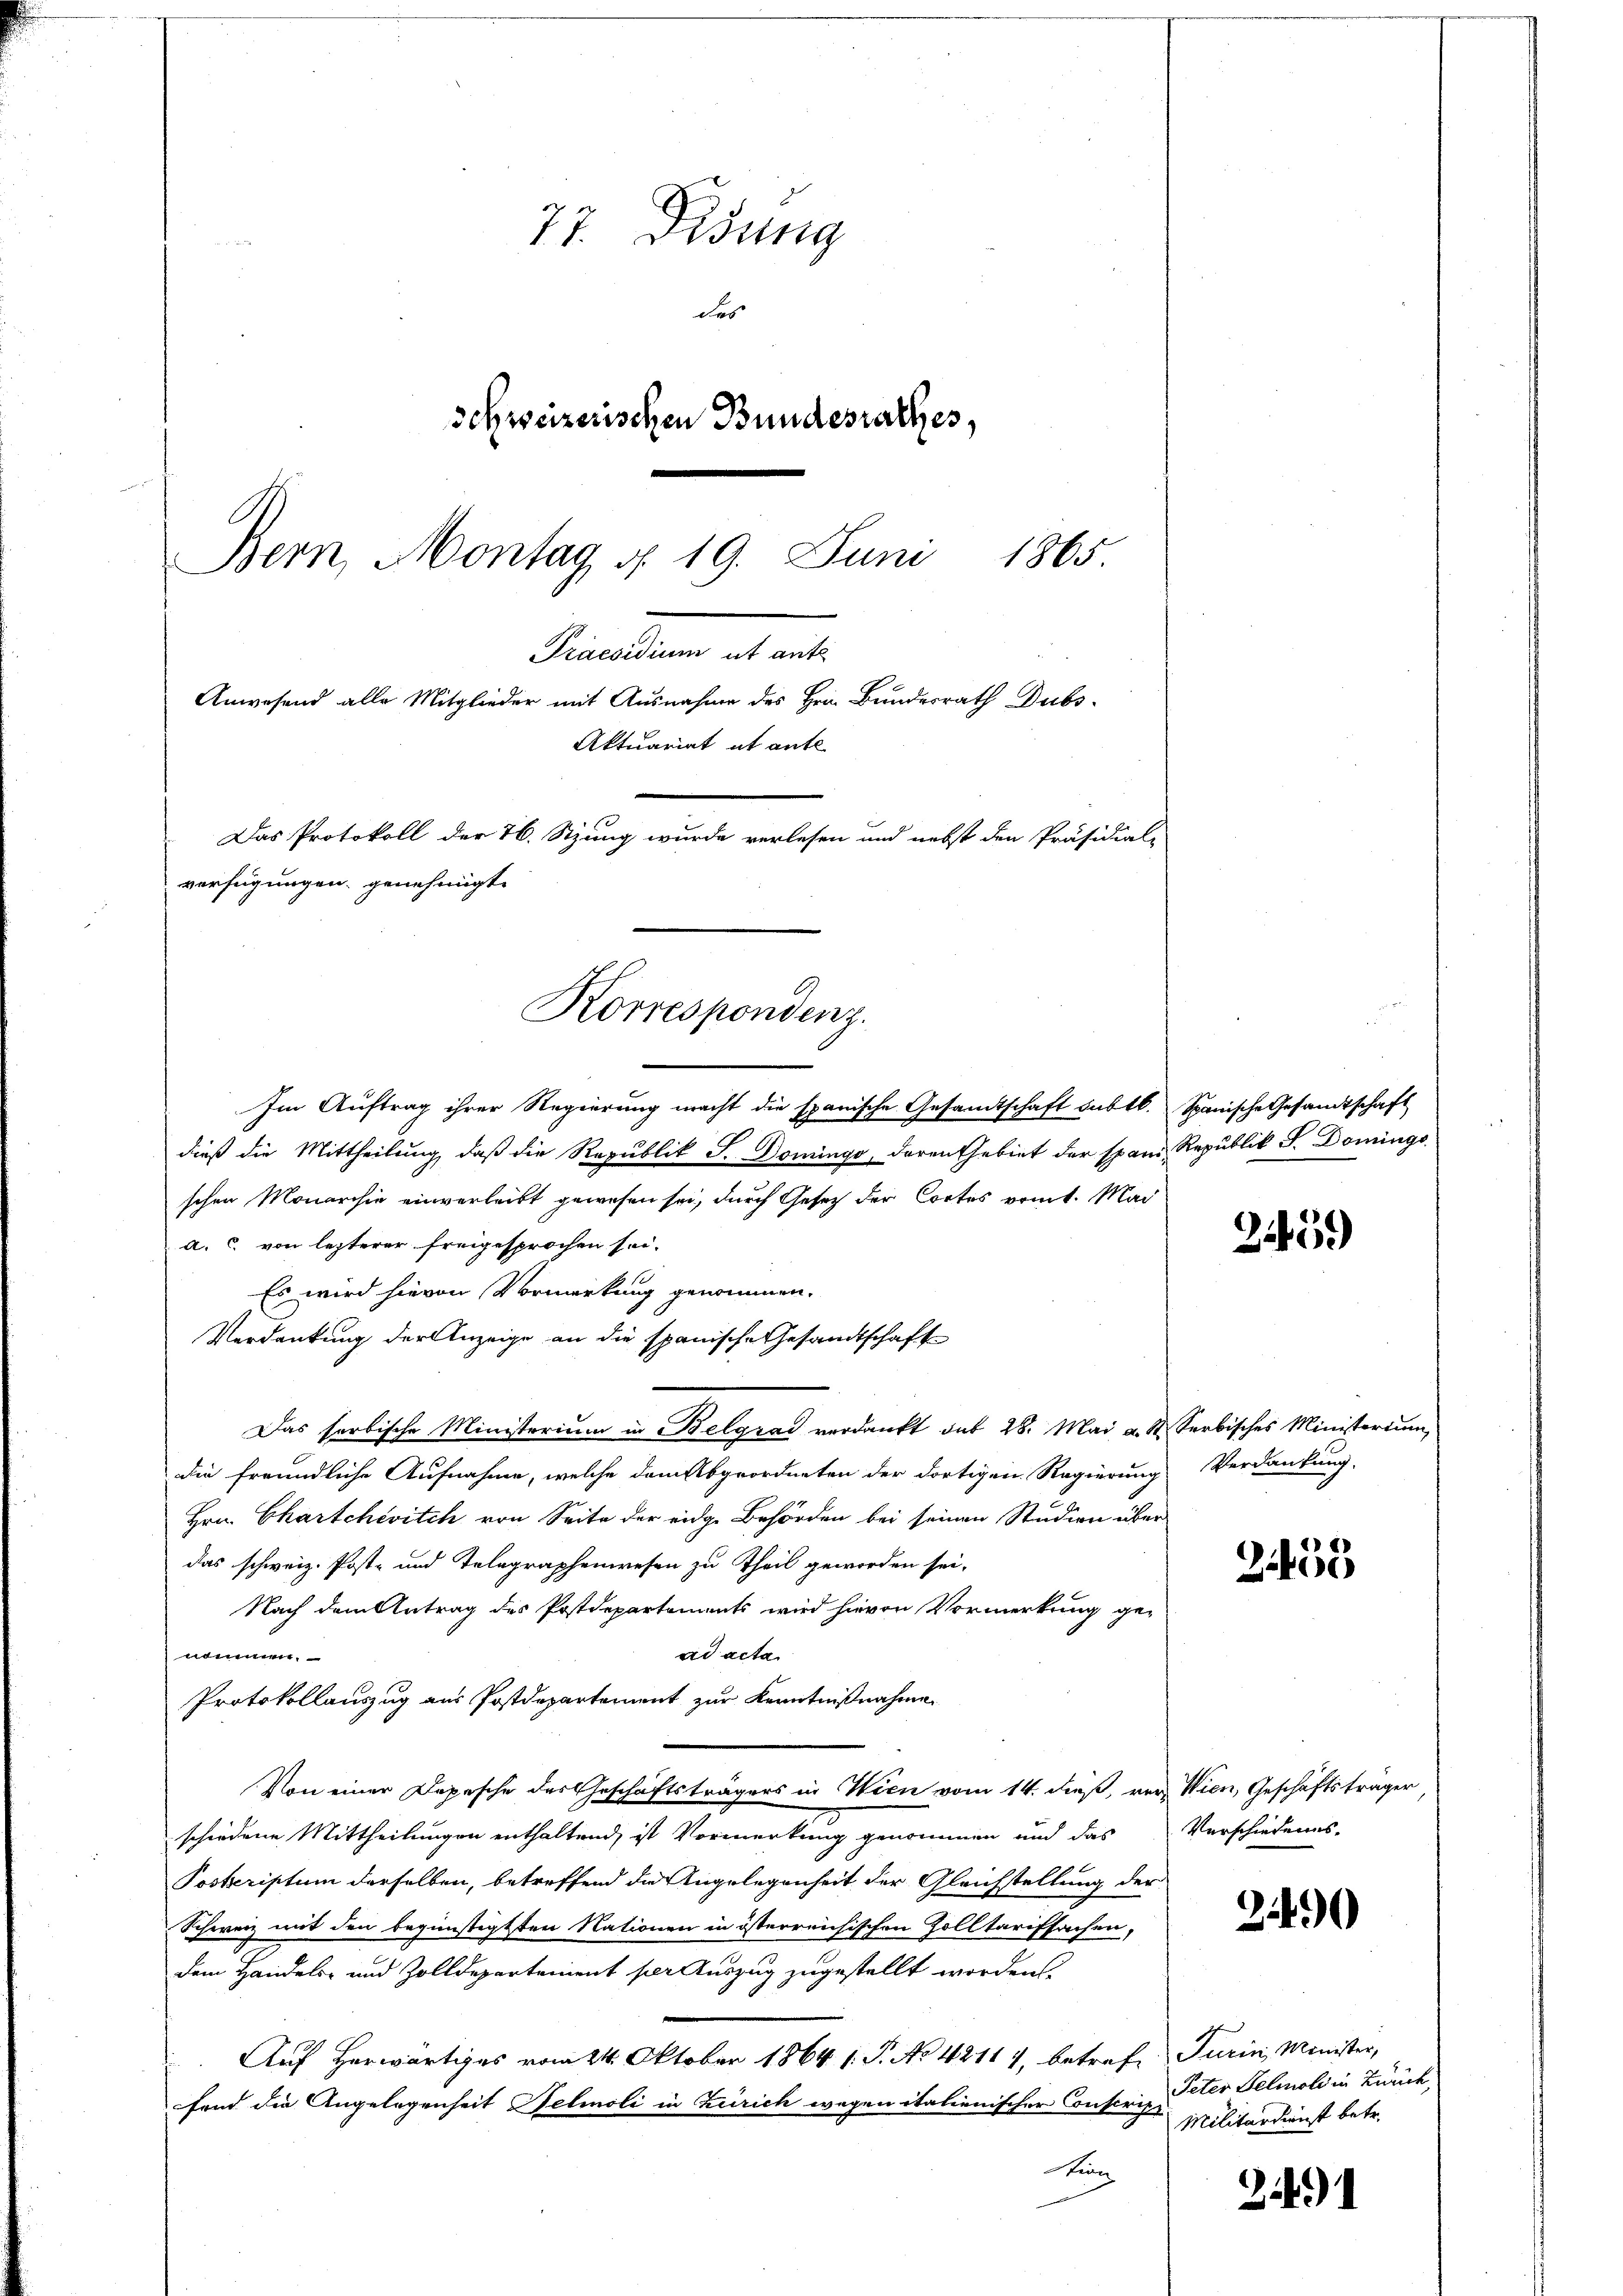
77. Didung
des
schweizerischen Bundesrathes,
Bern, Montag d. 19. Juni 1865.
Pincandum
Anwesend alle Mitglieder mit Ausnahme des Hrn. Bundesrath Dubs-
Aktuariat it ante
Das Protokoll der 76. Stzung wurde verlesen und nebst den Präsidial-
verfügungen genehmigt. |

Korrespondenz.

Im Auftrag ihrer Regierung macht die spanische Gesamtschaft sub 1. Spanische Gesandtschaft
dieß die Mittheilung, daß die Republik S. Domingo, deren Gebiet der spani Republik S. Doming
schen Monarchia einverleibt gewesen sei, durch Gesetz der Cortes vomt. Mad
a. c. von lezterer freigesprochen sei.
Es wird hievon Vormerkung genommen.
Verdankung der Anzeige an die spanische Gesandtschaft
Das farbische Ministerium in Belgrad verdankt sub 28. Mai a. S. Serbisches Ministerium,
die freundliche Aufnahme, welche dem Abgeordneten der dortigen Regierung Verdankung
Hrn. Chartchevitch von Seite der eidge Behörden bei seinen Studien über
das schweiz. Post- und Telegraphenwesen zu Theil geworden sei.
Nach dem Antrag des Postdepartements wird hievon Vormerkung ge-
ad acta
nommen.
Protokollauszug aus Postdepartement zur Kenntnißnahme
Von einer Depesche des Geschäftsträgers in Wien vom 14. dieß, ver Wien, Geschäftsträger
schiedene Mittheilungen enthaltend, ist Vormerkung genommen und das Verschiedenes.
Posteristum derselben, betreffend die Angelegenheit der Gleichstellung der
Schweiz mit den begünstigtten Nationen in österreichischen Zolltarifsachen,
dem Handels- und Zolldepartement per Auszug zugestellt worden,
Auf Herwärtiges vom 24. Oktober 1864 1. P. No 42117, betrefe Turin, Minister,
fend die Angelegenheit Helioli in Zürich wegen italienischer Construp
t

2146)

2435

2490

Peter Felmoli in Zürich,
Militärdienst betr.

24)